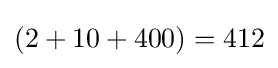
(2+10+400)=412